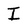
Character: I